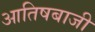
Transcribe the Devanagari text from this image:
आतिषबाजी